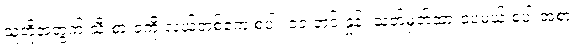
သူတို့အတွက် သီးစားခကို လယ်တစ်ဧက စပါး ၁၁ တင်းနှုန်း သတ်မှတ်ထားပေမယ့် စပါးအစား